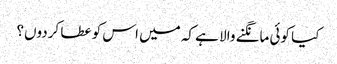
کیا کوئی مانگنے والا ہے کہ میں اس کو عطا کردوں؟